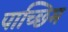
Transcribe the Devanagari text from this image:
पाच्छिम